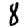
Digit: 8